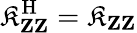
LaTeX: \operatorname{\mathfrak{K}}_{\mathbf{{Z}}\mathbf{{Z}}}^{\mathrm{{H}}}=\operatorname{\mathfrak{K}}_{\mathbf{{Z}}\mathbf{{Z}}}